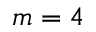
m = 4